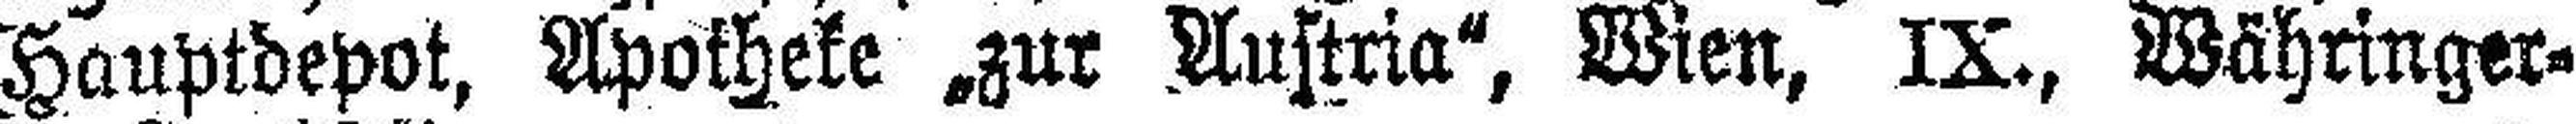
Hauptdepot, Apotheke „zur Austria“, Wien, IX., Währinger¬